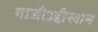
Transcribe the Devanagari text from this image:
गाजीउद्दीखान